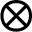
\otimes